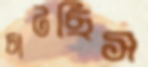
চাটছিস